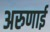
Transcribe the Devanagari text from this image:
अरुणाई